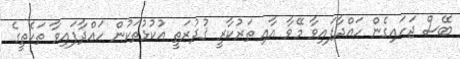
ބޭސް ޖަހައިގެން ހައްދާފައިވާ މޭވާ އާއި ތަރުކާރީ ޤުދުރަތީ އުކުޅުތަކުން ހައްދާފައިވާ ތަކެތީގެ